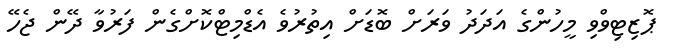
ޕޮޒިޓިވްވި މީހުންގެ އަދަދު ވަރަށް ބޮޑަށް އިތުރުވެ އެޑްމިޓްކޮށްގެން ފަރުވާ ދޭން ޖެހޭ